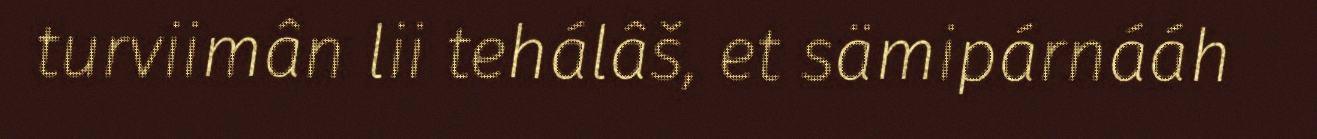
turviimân lii tehálâš, et sämipárnááh